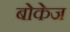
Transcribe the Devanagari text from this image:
बोकेज